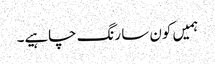
ہمیں کون سا رنگ چاہیے۔